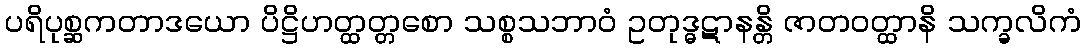
ပရိပုစ္ဆကတာဒယော ပိဋ္ဌိဟတ္ထတ္တစော သစ္စသဘာဝံ ဥတုဒ္ဓဋာနန္တိ ဇာတဝတ္ထာနိ သက္ခလိကံ